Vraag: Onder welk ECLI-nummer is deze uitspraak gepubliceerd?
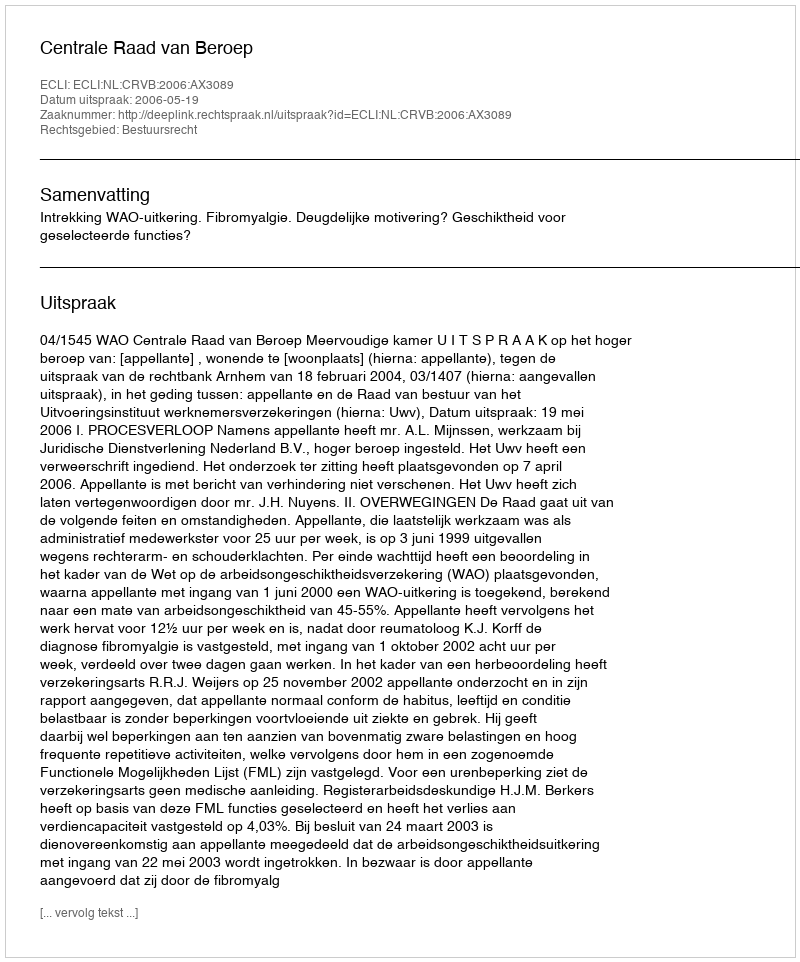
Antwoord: ECLI:NL:CRVB:2006:AX3089